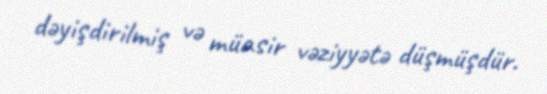
dəyişdirilmiş və müasir vəziyyətə düşmüşdür.